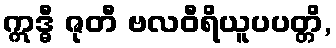
ဣဒ္ဓီ ဇုတီ ဗလဝီရိယူပပတ္တိ,